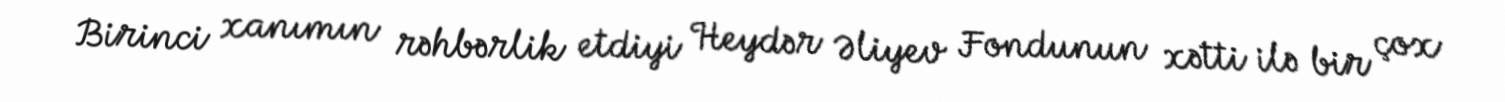
Birinci xanımın rəhbərlik etdiyi Heydər Əliyev Fondunun xətti ilə bir çox